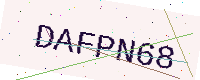
Text: DAFPN68